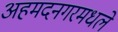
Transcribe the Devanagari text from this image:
अहमदनगरमधले